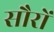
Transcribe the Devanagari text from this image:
सौरों